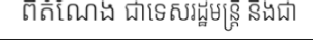
ពីតំណែង ជាទេសរដ្ឋមន្ត្រី និងជា